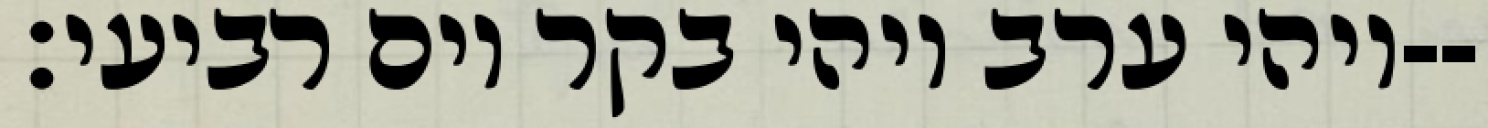
ויהי ערב ויהי בקר יום רביעי׃--